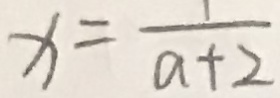
x = \frac { 1 } { a + 2 }